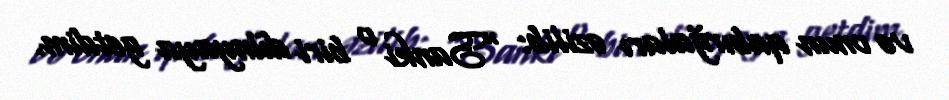
və onun qabırğaları əzilib: “Sanki o biri dünyaya getdim.